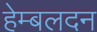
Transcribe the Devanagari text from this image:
हेम्बलदन